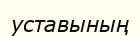
уставының